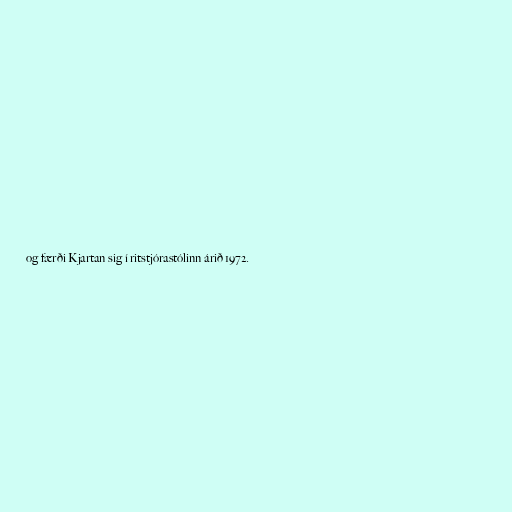
og færði Kjartan sig í ritstjórastólinn árið 1972.